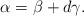
LaTeX: \begin{gather*}\alpha=\beta+d\gamma .\end{gather*}